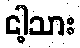
ငါ့သား